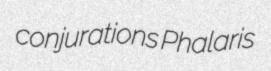
conjurations Phalaris